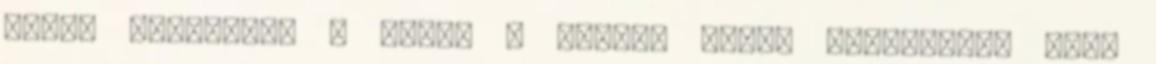
szólt hozzájuk, a kinek a hazája élete kedvesebb, mint